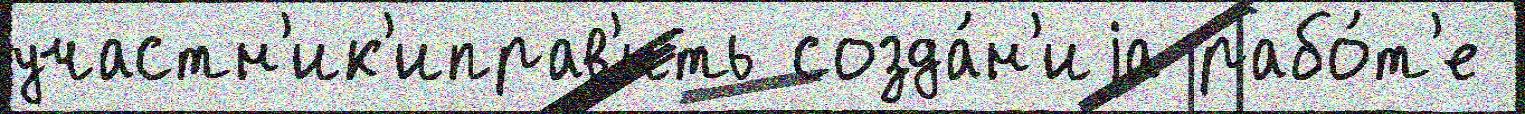
участн'ик'иправ'ить созда́н'иjа рабо́т'е